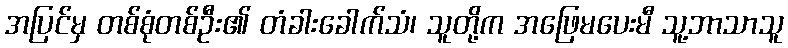
အပြင်မှ တစ်စုံတစ်ဦး၏ တံခါးခေါက်သံ၊ သူတို့က အဖြေမပေးမီ သူ့ဘာသာသူ